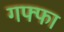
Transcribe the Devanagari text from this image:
गफ्फा